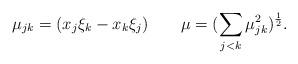
LaTeX: \begin{align*}\mu_{jk}=(x_j\xi_k-x_k\xi_j)\qquad\mu =(\sum_{j<k}\mu_{jk}^2)^{\frac{1}{2}}.\end{align*}